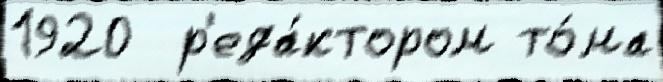
1920  р'еда́ктором то́ма